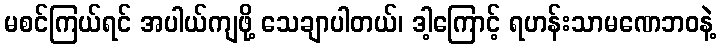
မစင်ကြယ်ရင် အပါယ်ကျဖို့ သေချာပါတယ်၊ ဒါ့ကြောင့် ရဟန်းသာမဏေဘဝနဲ့